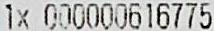
1X 000000616775